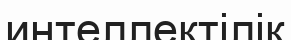
интеллектілік